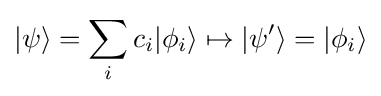
|\psi \rangle =\sum _{i}c_{i}|\phi _{i}\rangle \mapsto |\psi '\rangle =|\phi _{i}\rangle